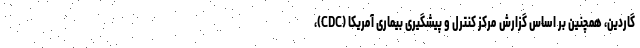
گاردین، همچنین بر اساس گزارش مرکز کنترل و پیشگیری بیماری آمریکا (CDC)،